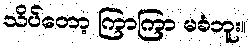
သိပ်တော့ ကြာကြာ မခံဘူး။